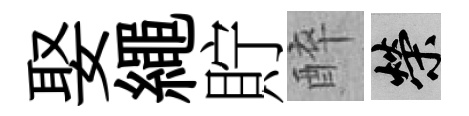
娶繩貯醉榮